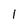
Character: 1